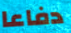
دفاعا